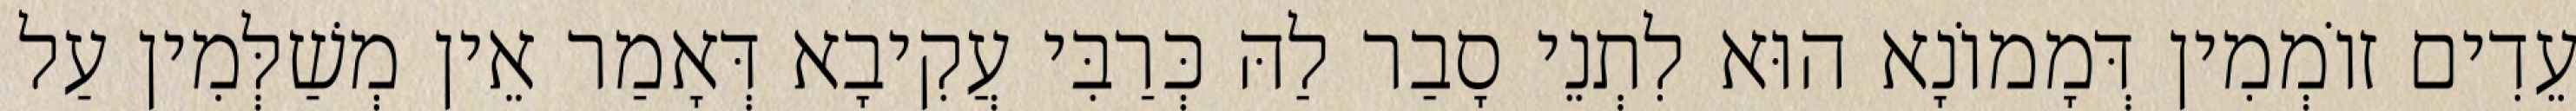
עֵדִים זוֹמְמִין דְּמָמוֹנָא הוּא לִתְנֵי סָבַר לַהּ כְּרַבִּי עֲקִיבָא דְּאָמַר אֵין מְשַׁלְּמִין עַל